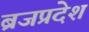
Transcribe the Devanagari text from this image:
ब्रजप्रदेश